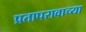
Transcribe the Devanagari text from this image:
प्रतापरावाच्या